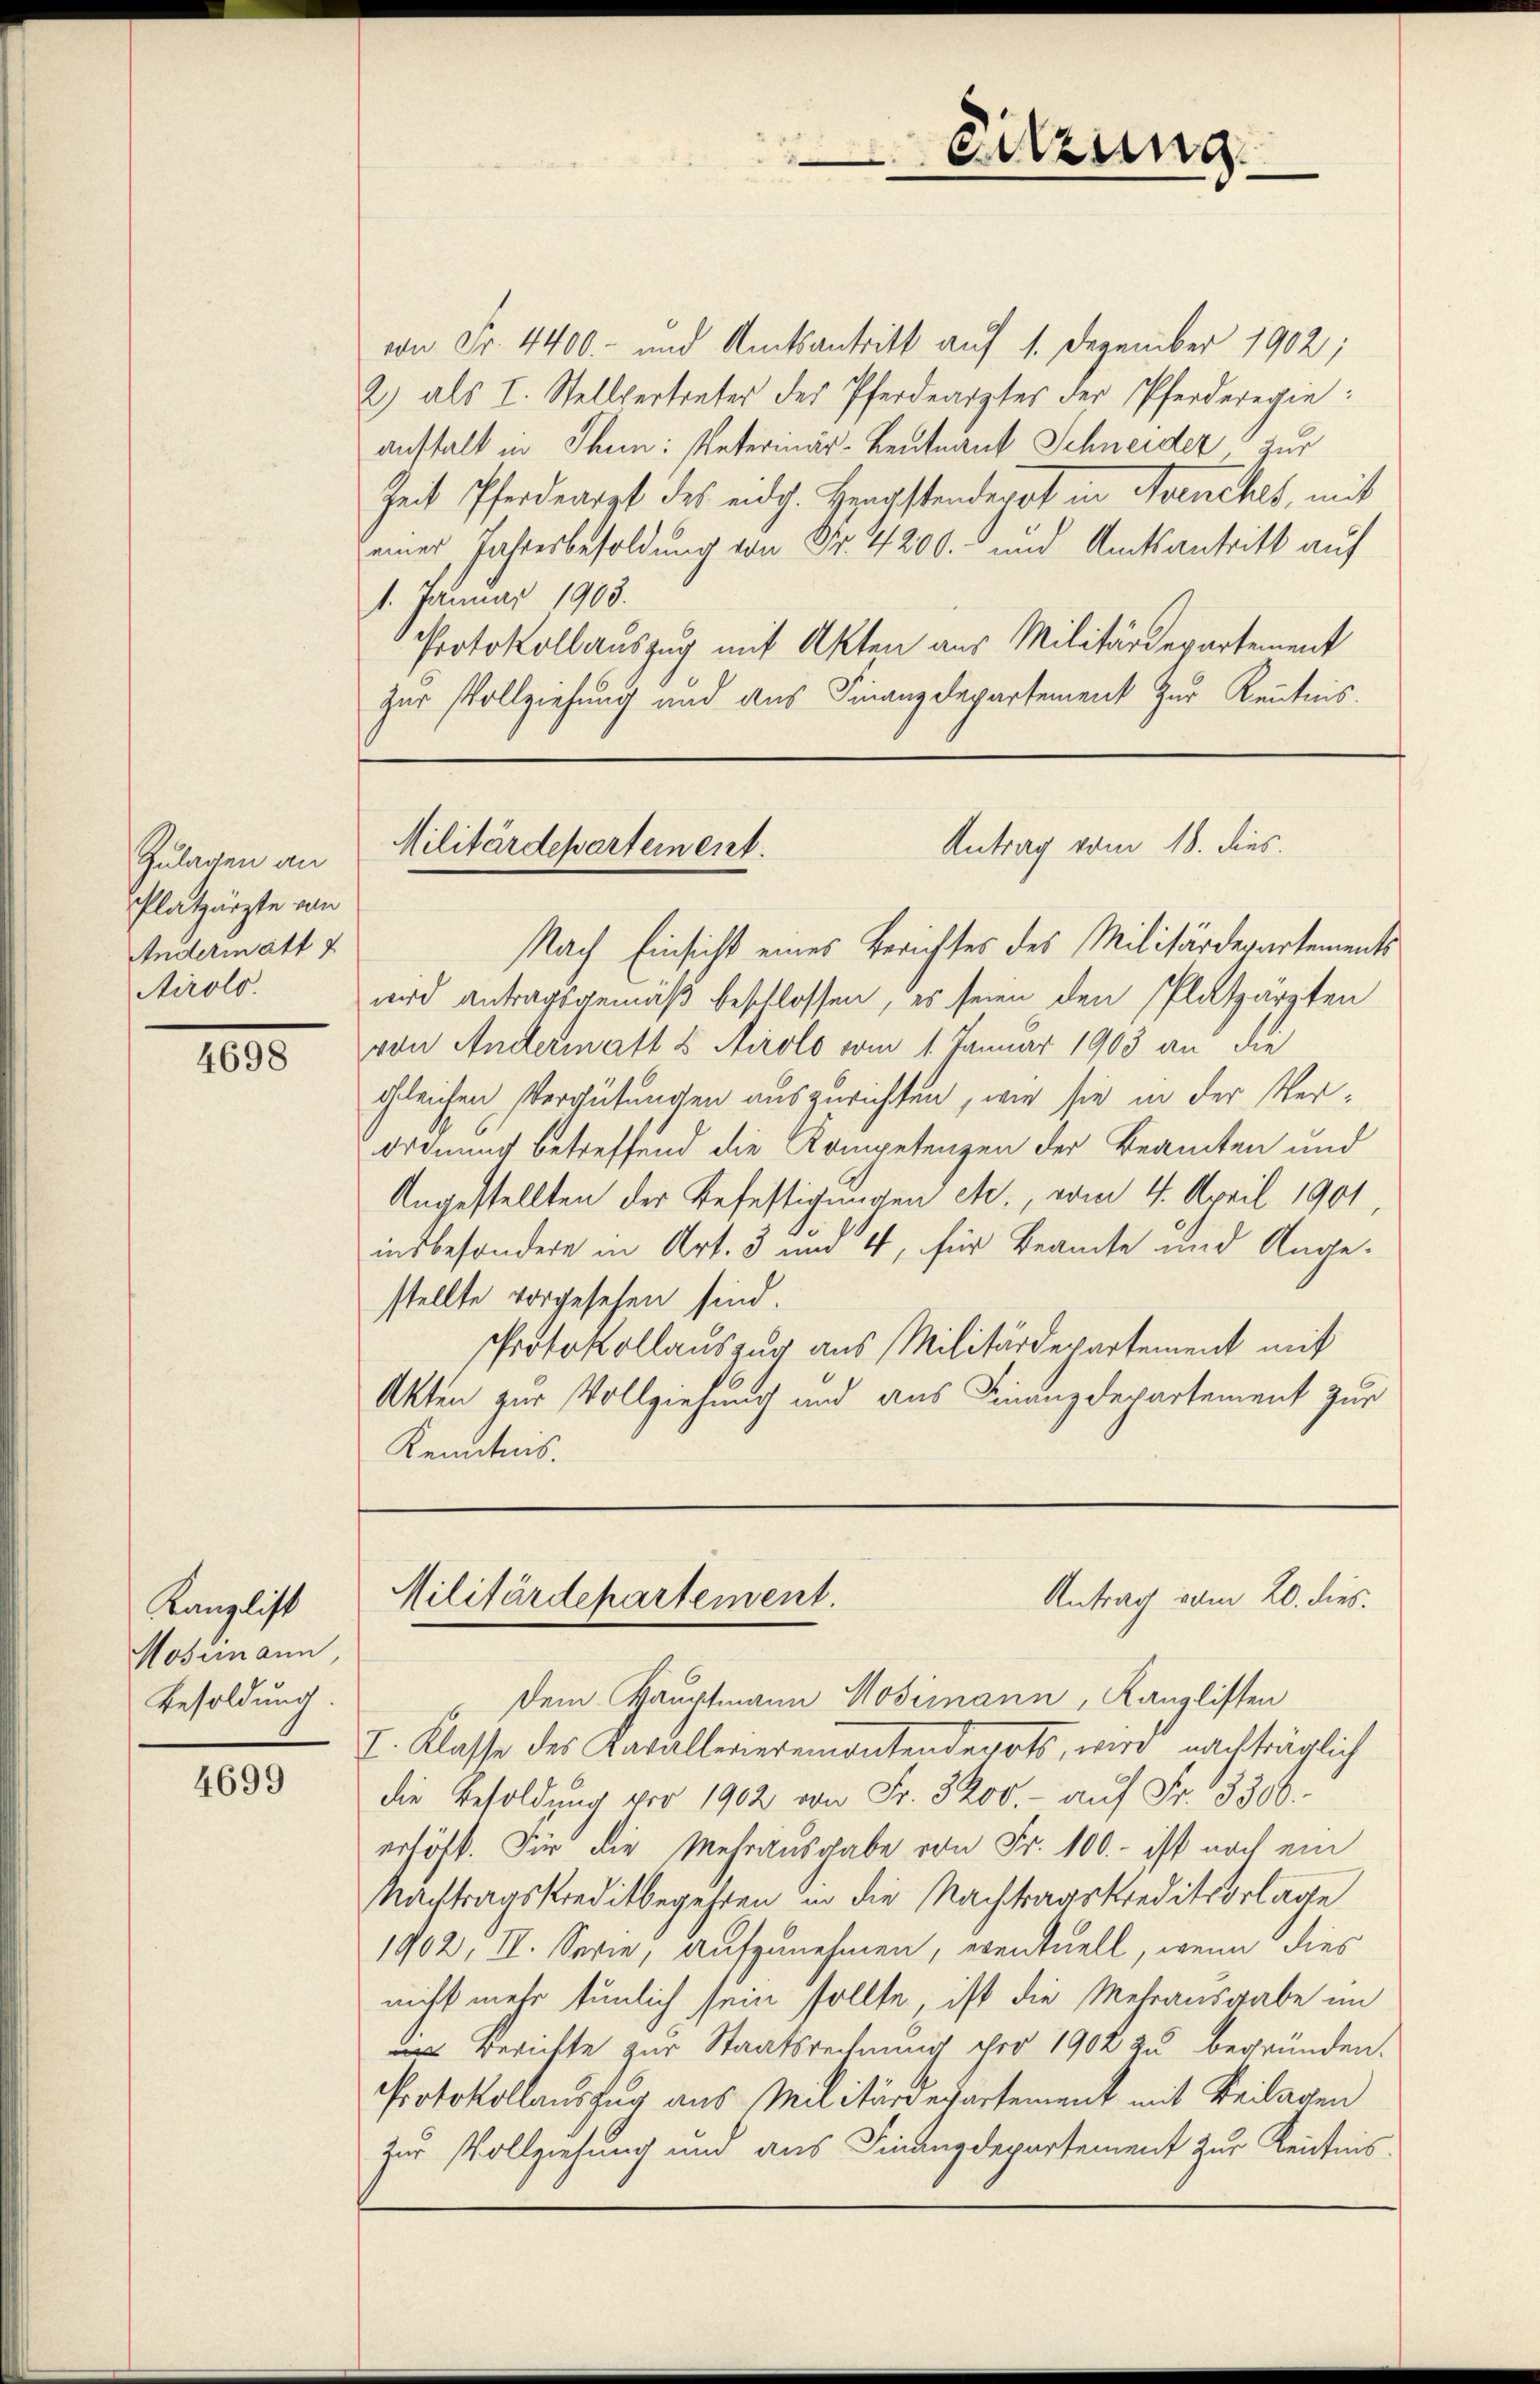
Zulagen an
Platzärzte von
Andermatt f
Airolo.

4698

Kanzlicht
Mosimann,
Besoldung.

4699

von Fr. 4400.- und Amtsantritt auf 1. Dezember 1902;
2) als I. Stellvertreter des Pferdearztes der Pferderegie:
anstalt in Thun: Peterinär-Leutnant Schneider zur
Zeit Pferdearzt des eidg. Hengstenderst in Avenches, mit
einer Jahresbesoldung von Fr. 4200. und Amtsantritt auf
1. Januar 1903.
Protokollauszug mit Akten aus Militärdepartement
zur Vollziehung und aus Finanzdepartement zur Kenntnis.

Sitzung

Antrag vom 18. dies.
Militärdepartement.

Nach Einsicht eines Berichtes des Militärdepartements
wrd antragsgemäß beschlossen, es seien den Platzärzten
von Andermatt & Airolo vom 1. Januar 1903 an die
gleichen Vergütungen auszurichten, wie sie in der Ver¬
Ordnung betreffend die Kompetenzen der Beamten und
Angestellten der Befestigungen etc., vom 4. April 1901.
insbesondere in Art. 3 und 4, für Beamte und Angestellte vorgesehen sind.
Protokollauszug aus Militärdepartement mit
Akten zur Vollziehung und aus Finanzdepartement zur
Kenntnis.

Antrag vom 20. dies
Militärdepartement.

Dem Kauptmann Mosimann, Kanzlisten
I. Klasse des Katalleneremontendepots, wird nachträglich
die Besoldung vor 1902 von Fr. 3200.- aŭf Fr. 3300.-
erhöht. Für die Mehrausgabe von Fr. 100.- ist noch ein
Nachtragskreditbegehren in die Nachtragskreditvorlage
1902, II. Serie, aufzunehmen, eventuell, wenn dies
nicht mehr tunlich sein sollte, ist die Mehrausgabe im
ins Berichte zur Staatsrechnung ihre 1902 zu begründen.
Protokollauszug aus Militärdepartement mit Beilagen
zur Vollziehung und aus Finanzdepartement zur Kenntnis